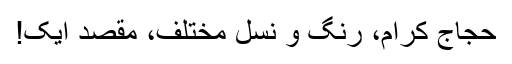
حجاج کرام، رنگ و نسل مختلف، مقصد ایک!